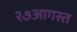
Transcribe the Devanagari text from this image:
२७आगस्त